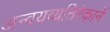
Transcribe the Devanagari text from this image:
अन्वयव्यतिरेकानें